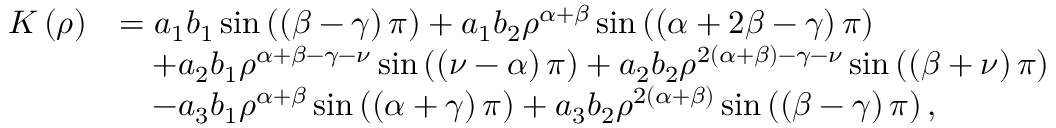
\begin{array} { r l } { K \left( \rho \right) } & { = a _ { 1 } b _ { 1 } \sin \left( \left( \beta - \gamma \right) \pi \right) + a _ { 1 } b _ { 2 } \rho ^ { \alpha + \beta } \sin \left( \left( \alpha + 2 \beta - \gamma \right) \pi \right) } \\ & { \quad + a _ { 2 } b _ { 1 } \rho ^ { \alpha + \beta - \gamma - \nu } \sin \left( \left( \nu - \alpha \right) \pi \right) + a _ { 2 } b _ { 2 } \rho ^ { 2 \left( \alpha + \beta \right) - \gamma - \nu } \sin \left( \left( \beta + \nu \right) \pi \right) } \\ & { \quad - a _ { 3 } b _ { 1 } \rho ^ { \alpha + \beta } \sin \left( \left( \alpha + \gamma \right) \pi \right) + a _ { 3 } b _ { 2 } \rho ^ { 2 \left( \alpha + \beta \right) } \sin \left( \left( \beta - \gamma \right) \pi \right) , } \end{array}